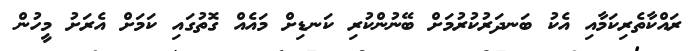
ރައްކާތެރިކަމާއި އެކު ބަނދަރުކުރުމަށް ބޭނުންކުރި ކަނޑިށް މައެއް ގޮތުގައި ކަމަށް އެރަށު މީހުން